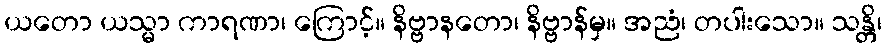
ယတော ယသ္မာ ကာရဏာ၊ ကြောင့်။ နိဗ္ဗာနတော၊ နိဗ္ဗာန်မှ။ အညံ၊ တပါးသော။ သန္တိ၊